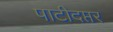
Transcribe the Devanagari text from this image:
पाटीदप्तर